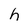
Character: h